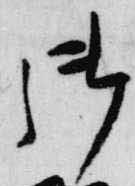
御